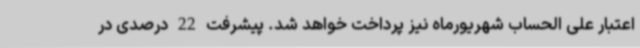
اعتبار علی الحساب شهریورماه نیز پرداخت خواهد شد. پیشرفت 22 درصدی در